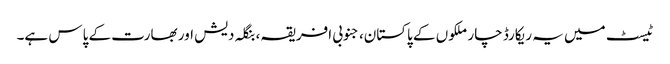
ٹیسٹ میں یہ ریکارڈ چار ملکوں کے پاکستان، جنوبی افریقہ، بنگلہ دیش اور بھارت کے پاس ہے۔